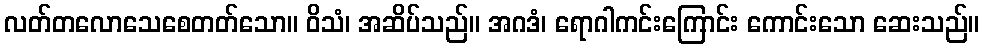
လတ်တလောသေစေတတ်သော။ ဝိသံ၊ အဆိပ်သည်။ အဂဒံ၊ ရောဂါကင်းကြောင်း ကောင်းသော ဆေးသည်။